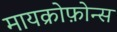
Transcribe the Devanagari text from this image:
मायक्रोफ़ोन्स